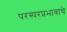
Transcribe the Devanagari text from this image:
परस्परप्रभावाचे